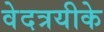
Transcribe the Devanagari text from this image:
वेदत्रयीके